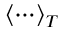
\left< \cdots \right> _ { T }